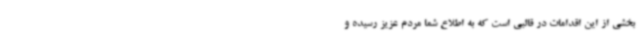
بخشی از این اقدامات در قالبی است که به اطلاع شما مردم عزیز رسیده و